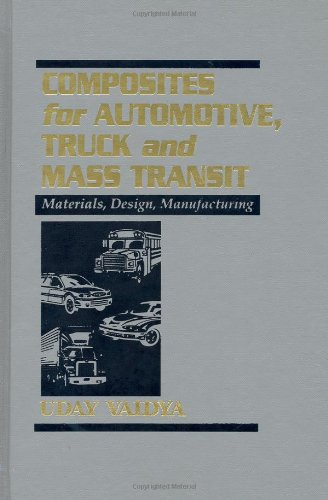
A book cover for Composites for Automotive, Truck and Mass Transit: Materials, Design, Manufacturing; Uday Vaidya; Engineering & Transportation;